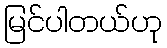
မြင်ပါတယ်ဟု